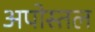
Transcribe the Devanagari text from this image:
अपोस्तल